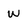
Character: w